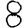
Digit: 8